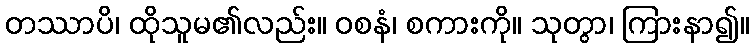
တဿာပိ၊ ထိုသူမ၏လည်း။ ဝစနံ၊ စကားကို။ သုတွာ၊ ကြားနာ၍။